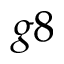
g 8